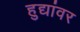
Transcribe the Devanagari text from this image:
हुद्यांवर